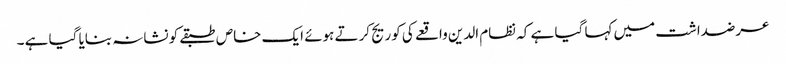
عرضداشت میں کہا گیا ہے کہ نظام الدین واقعے کی کوریج کرتے ہوئے ایک خاص طبقےکو نشانہ بنایا گیا ہے ۔